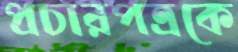
প্রচারপত্রকে